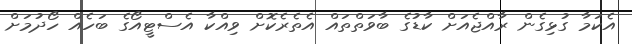
އެކަމާ ގުޅިގެން ރާއްޖެއަށް ކާޑުގެ ބާވަތްތައް އެތެރެކޮށް ވިއްކާ އެސްޓީއޯގެ ބަހެއް ހޯދުމަށް